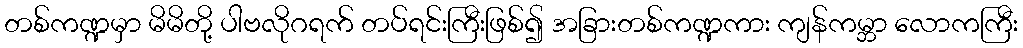
တစ်ကဏ္ဍမှာ မိမိတို့ ပါဗလိုဂရက် တပ်ရင်းကြီးဖြစ်၍ အခြားတစ်ကဏ္ဍကား ကျန်ကမ္ဘာ လောကကြီး